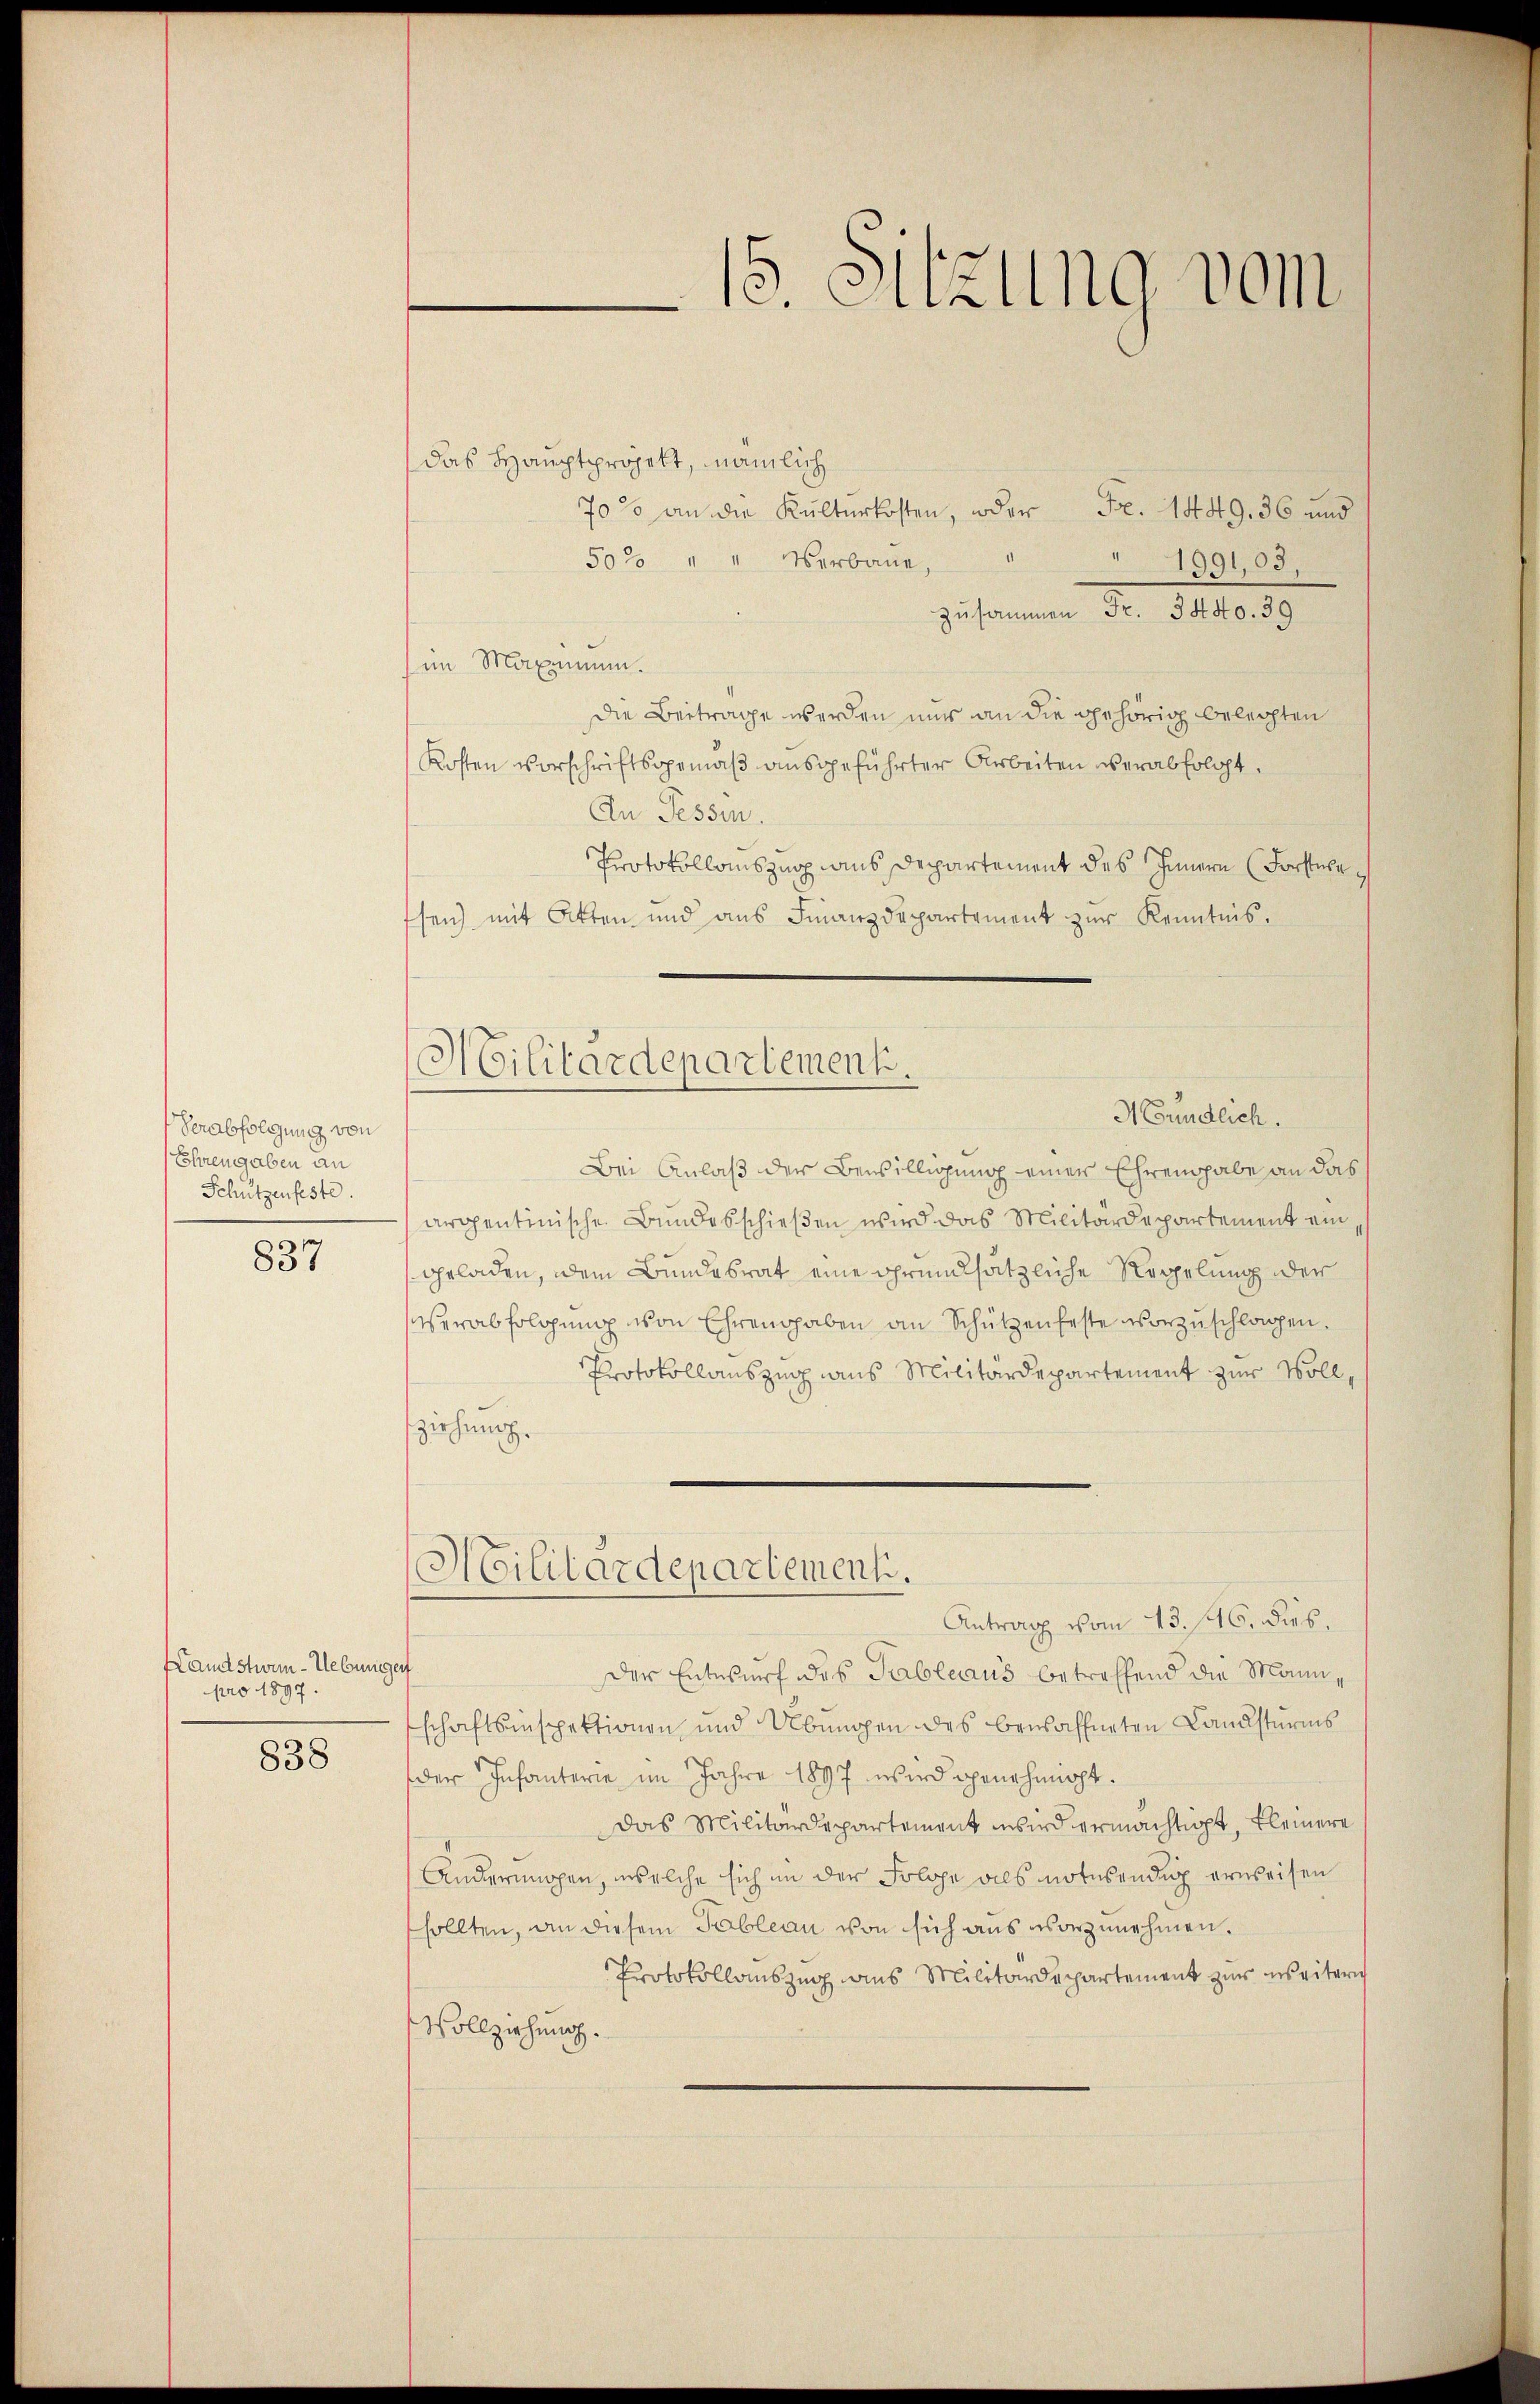
Verabfolgung von
Ehrengaben an
Schutzenfeste.

837

Landstwin-Uebungen
pro 1897.

838

15. Sitzung vom

das Hauptprojekt, nämlich
70% an die Kulturkosten, oder Fr. 1449. 36 und
50% " " Verbaue,
1991,03,
zusammen Fr. 34 dto. 39
im Maximum.
Die Beitrage werden und an die gehörig belegten
Kosten vorschriftsgemäβ aŭsgeführter Arbeiten verabfolgt.
An Tessin.
Protokollauszug aus Departement des Innern (Forstehe
hen) mit Otten und aus Finanzdepartement zur Kenntnis.
Bei Anlaß der Bewilligung einer Ehrengabe an das
argentinische Bundesschießen wird das Militärdepartement ein
geladen, dem Bundesrat eine grundsätzliche Koppelung der
verabfolgung von Ehrengaben an Schützenfeste vorzuschlagen.
Protokollauszug aus Militärdepartement zur Vollsziehung.
Militärdepartement.
Antrag vom 13. 16. dies.
Der Entwurf des Tableaus betreffend die Mann,
schaftsinspektionen und Übungen des bewaffneten Landsturms
der Infanterie im Jahre 1897 wird genehmigt.
das Militärdepartement wird ermächtigt, kleinere
Anderungen, welche sich in der Folge als notwendig erweisen
sollten, an diesem Pableau von sich aus vorzunehmen.
Protokollauszug aus Militärdepartement zur weiter
Vollziehung.

Militärdepartement.
Nundlich.